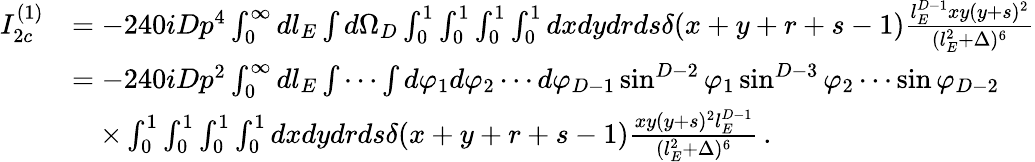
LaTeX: \begin{array}{rl}{I_{2c}^{(1)}}&{=-240iDp^{4}\int_{0}^{\infty}dl_{E}\int d\Omega_{D}\int_{0}^{1}\int_{0}^{1}\int_{0}^{1}\int_{0}^{1}dxdydrds\delta(x+y+r+s-1)\frac{l_{E}^{D-1}xy(y+s)^{2}}{(l_{E}^{2}+\Delta)^{6}}}\\ &{=-240iDp^{2}\int_{0}^{\infty}dl_{E}\int\cdots\int d\varphi_{1}d\varphi_{2}\cdots d\varphi_{D-1}\sin^{D-2}\varphi_{1}\sin^{D-3}\varphi_{2}\cdots\sin\varphi_{D-2}}\\ &{\quad\times\int_{0}^{1}\int_{0}^{1}\int_{0}^{1}\int_{0}^{1}dxdydrds\delta(x+y+r+s-1)\frac{xy(y+s)^{2}l_{E}^{D-1}}{(l_{E}^{2}+\Delta)^{6}}\, .}\end{array}